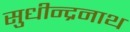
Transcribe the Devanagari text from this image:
सुधीन्द्रनाथ